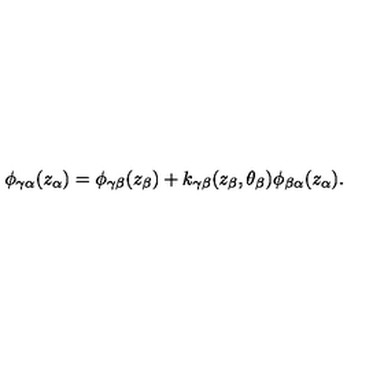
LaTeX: \phi _ { \gamma \alpha } ( z _ { \alpha } ) = \phi _ { \gamma \beta } ( z _ { \beta } ) + k _ { \gamma \beta } ( z _ { \beta } , \theta _ { \beta } ) \phi _ { \beta \alpha } ( z _ { \alpha } ) .